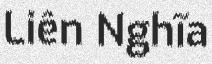
Liên Nghĩa